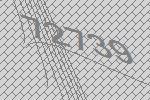
72739